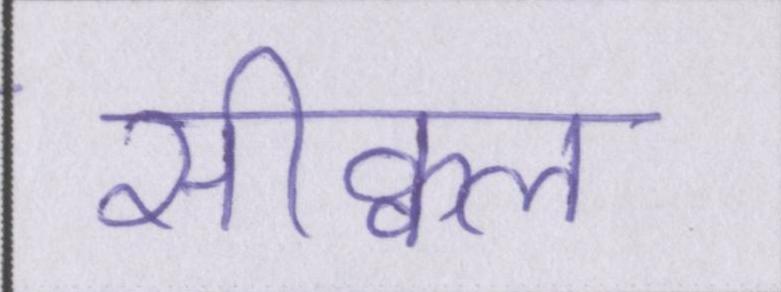
सीक्वल